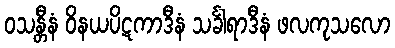
ဝသန္တီနံ ဝိနယပိဋကာဒီနံ သင်္ခါရာဒီနံ ဖလကုသလော